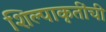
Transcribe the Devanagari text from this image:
शिल्पाकृतींची